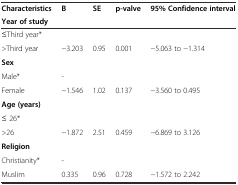
<table><thead><tr><td><b>Characteristics</b></td><td><b>B</b></td><td><b>SE</b></td><td><b>p-valve</b></td><td><b>95% Confidence interval</b></td></tr><tr><td><b>Year of study</b></td><td></td><td></td><td></td><td></td></tr></thead><tbody><tr><td>≤Third year*</td><td></td><td></td><td></td><td></td></tr><tr><td>&gt;Third year</td><td>−3.203</td><td>0.95</td><td>0.001</td><td>−5.063 to −1.314</td></tr><tr><td><b>Sex</b></td><td></td><td></td><td></td><td></td></tr><tr><td>Male*</td><td>-</td><td></td><td></td><td></td></tr><tr><td>Female</td><td>−1.546</td><td>1.02</td><td>0.137</td><td>−3.560 to 0.495</td></tr><tr><td><b>Age (years)</b></td><td></td><td></td><td></td><td></td></tr><tr><td>≤ 26*</td><td></td><td></td><td></td><td></td></tr><tr><td>&gt;26</td><td>−1.872</td><td>2.51</td><td>0.459</td><td>−6.869 to 3.126</td></tr><tr><td><b>Religion</b></td><td></td><td></td><td></td><td></td></tr><tr><td>Christianity*</td><td>-</td><td></td><td></td><td></td></tr><tr><td>Muslim</td><td>0.335</td><td>0.96</td><td>0.728</td><td>−1.572 to 2.242</td></tr></tbody></table>